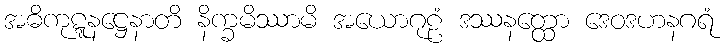
အဓိကုဋ္ဋနဋ္ဌေနာတိ နိက္ခမိဿာမိ အယောဂုဠံ ဒဿနတ္ထော ဒေဝဒဟနဂရံ